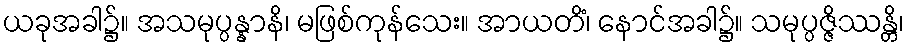
ယခုအခါ၌။ အသမုပ္ပန္နာနိ၊ မဖြစ်ကုန်သေး။ အာယတိံ၊ နောင်အခါ၌။ သမုပ္ပဇ္ဇိဿန္တိ၊